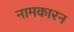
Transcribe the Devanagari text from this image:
नामकारन